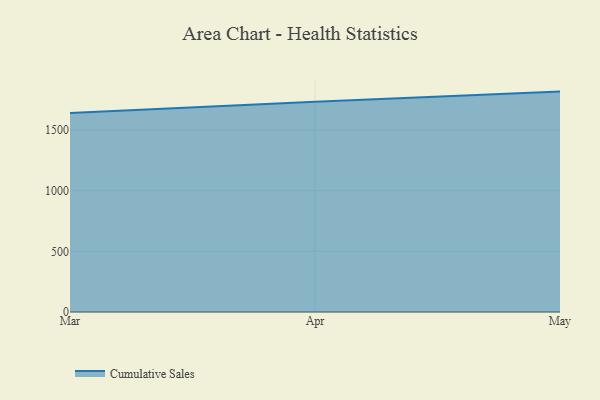
{"axis": {"x": "Month", "y": "Conversion Rate (%)"}, "legend": ["Cumulative Sales"], "data": [{"x": "Mar", "y": 1639.5, "type": "Cumulative Sales"}, {"x": "Apr", "y": 1732.1, "type": "Cumulative Sales"}, {"x": "May", "y": 1815.9, "type": "Cumulative Sales"}]}